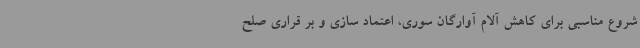
شروع مناسبی برای کاهش آلام آوارگان سوری، اعتماد سازی و بر قراری صلح